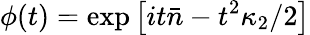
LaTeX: \phi(t)=\exp\left[it{\bar{n}}-t^{2}\kappa_{2}/2\right]